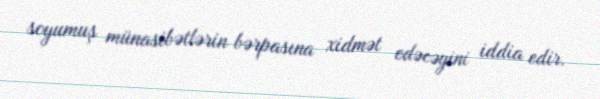
soyumuş münasibətlərin bərpasına xidmət edəcəyini iddia edir.